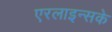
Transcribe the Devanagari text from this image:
एरलाइन्सके